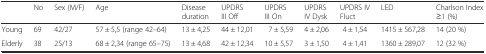
<table><thead><tr><td></td><td><b>No</b></td><td><b>Sex (M/F)</b></td><td><b>Age</b></td><td><b>Disease duration</b></td><td><b>UPDRS III Off</b></td><td><b>UPDRS III On</b></td><td><b>UPDRS IV Dysk</b></td><td><b>UPDRS IV Fluct</b></td><td><b>LED</b></td><td><b>Charlson Index ≥1 (%)</b></td></tr></thead><tbody><tr><td>Young</td><td>69</td><td>42/27</td><td>57 ± 5,5 (range 42–64)</td><td>13 ± 4,25</td><td>44 ± 12,01</td><td>7 ± 5,59</td><td>4 ± 2,06</td><td>4 ± 1,54</td><td>1415 ± 567,28</td><td>14 (20 %)</td></tr><tr><td>Elderly</td><td>38</td><td>25/13</td><td>68 ± 2,34 (range 65–75)</td><td>13 ± 4,68</td><td>42 ± 12,34</td><td>10 ± 5,57</td><td>3 ± 1,50</td><td>4 ± 1,41</td><td>1360 ± 289,07</td><td>12 (32 %)</td></tr></tbody></table>